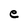
Character: e